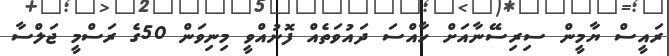
ރައީސް ޔާމީން ސިރިސޭނާއަށް ހާއްސަ ދައުވަތެއް ފޮނުއްވީ މިނިވަން 50ގެ ރަސްމީ ޖަލްސާ